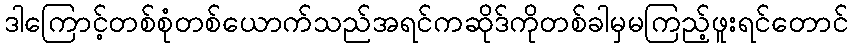
ဒါကြောင့်တစ်စုံတစ်ယောက်သည်အရင်ကဆိုဒ်ကိုတစ်ခါမှမကြည့်ဖူးရင်တောင်